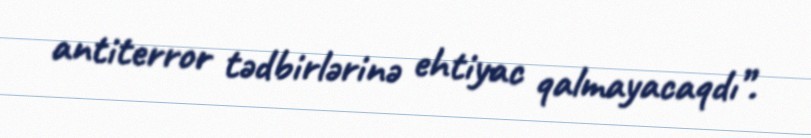
antiterror tədbirlərinə ehtiyac qalmayacaqdı”.